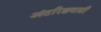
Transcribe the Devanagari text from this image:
अंतरिक्षवासी